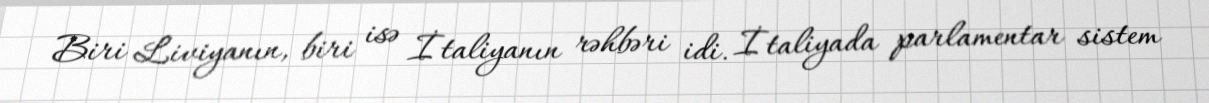
Biri Liviyanın, biri isə İtaliyanın rəhbəri idi. İtaliyada parlamentar sistem